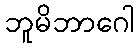
ဘူမိဘာဂေါ